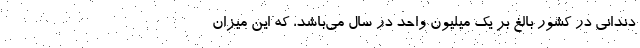
دندانی در کشور بالغ بر یک میلیون واحد در سال می­باشد، که این میزان